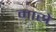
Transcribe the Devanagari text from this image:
मास्रे